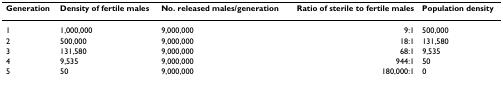
| Generation | Density of fertile males | No. released males/generation | Ratio of sterile to fertile males | Population density |
 | --- | --- | --- | --- | --- |
 | 1 | 1,000,000 | 9,000,000 | 9:1 | 500,000 |
 | 2 | 500,000 | 9,000,000 | 18:1 | 131,580 |
 | 3 | 131,580 | 9,000,000 | 68:1 | 9,535 |
 | 4 | 9,535 | 9,000,000 | 944:1 | 50 |
 | 5 | 50 | 9,000,000 | 180,000:1 | 0 |